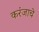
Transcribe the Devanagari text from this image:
करंजाचे